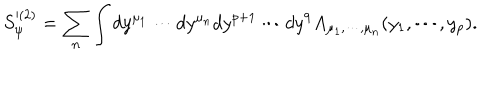
LaTeX: S _ { \psi } ^ { ( 2 ) } = \sum _ { n } \int d y ^ { \mu _ { 1 } } \cdots d y ^ { \mu _ { n } } d y ^ { p + 1 } \cdots d y ^ { 9 } A _ { \mu _ { 1 } , \cdots , \mu _ { n } } ( y _ { 1 } , \cdots , y _ { p } ) .